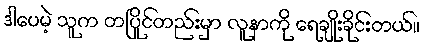
ဒါပေမဲ့ သူက တပြိုင်တည်းမှာ လူနာကို ရေချိုးခိုင်းတယ်။